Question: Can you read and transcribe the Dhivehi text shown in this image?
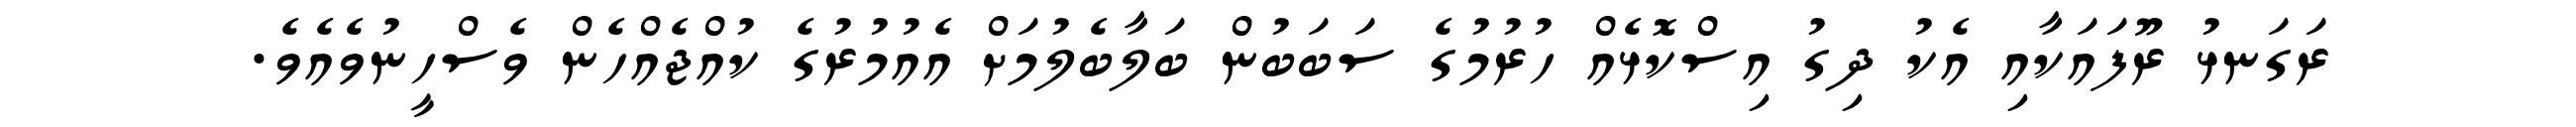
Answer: ރަގަނޅު ރޫފައަކާއި އެކު ދިގު އިސްކޮޅެއް ހުރުމުގެ ސަބަބުން ބަލާބެލުމަށް އެއުމުރުގެ ކުއްޖެއްހެން ވެސްހީނުވެއެވެ.